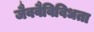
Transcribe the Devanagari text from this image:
जैववैविविधता